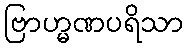
ဗြာဟ္မဏပရိသာ